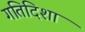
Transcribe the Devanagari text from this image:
गतिदिशा